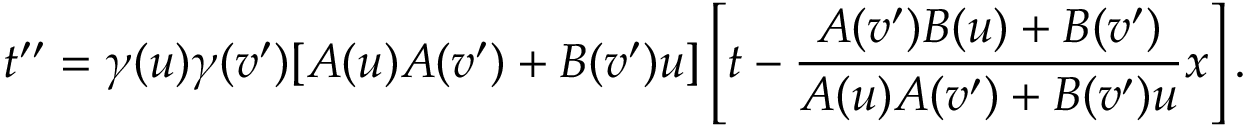
t ^ { \prime \prime } = \gamma ( u ) \gamma ( v ^ { \prime } ) [ A ( u ) A ( v ^ { \prime } ) + B ( v ^ { \prime } ) u ] \left[ t - \frac { A ( v ^ { \prime } ) B ( u ) + B ( v ^ { \prime } ) } { A ( u ) A ( v ^ { \prime } ) + B ( v ^ { \prime } ) u } x \right] .